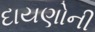
દાયણોની